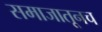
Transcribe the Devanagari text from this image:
समाजातूनच